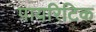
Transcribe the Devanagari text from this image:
पायरिटिक